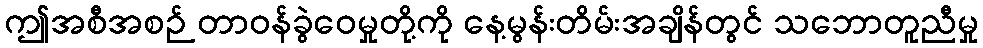
ဤအစီအစဉ် တာဝန်ခွဲဝေမှုတို့ကို နေ့မွန်းတိမ်းအချိန်တွင် သဘောတူညီမှု